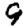
Digit: 9